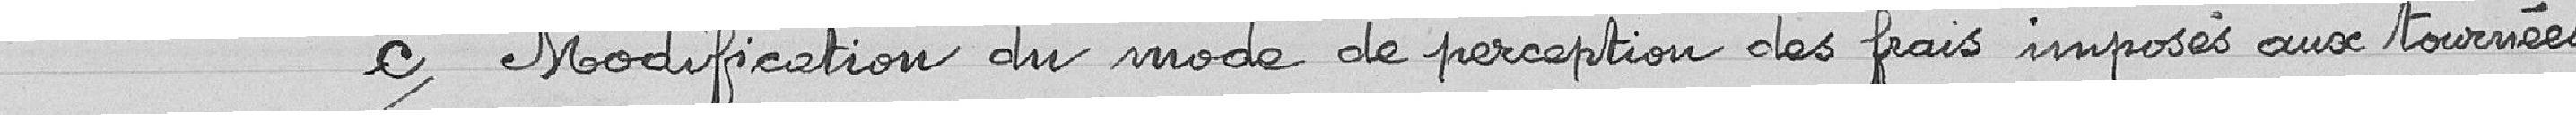
c) Modification du mode de perception des frais imposés aux tournées